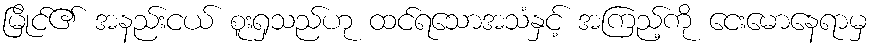
မြိုင်၏ အနည်းငယ် စူးရှသည်ဟု ထင်ရသောအသံနှင့် အကြည့်ကို ငေးမောနေရာမှ